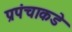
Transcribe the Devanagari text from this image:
प्रपंचाकडे